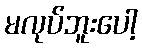
မလုပ်ဘူးပေါ့